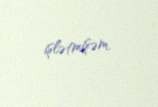
işlətmişəm.